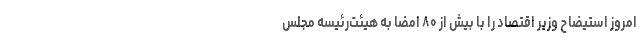
امروز استیضاح وزیر اقتصاد را با بیش از ۸۰ امضا به هیئت‌رئیسه مجلس